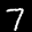
Label: 7